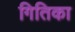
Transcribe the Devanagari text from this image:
गितिका